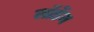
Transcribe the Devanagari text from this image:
लॉर्डेन